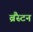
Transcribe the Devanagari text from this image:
ब्रैंस्टन